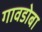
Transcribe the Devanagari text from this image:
गावडोबा